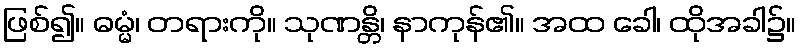
ဖြစ်၍။ ဓမ္မံ၊ တရားကို။ သုဏန္တိ၊ နာကုန်၏။ အထ ခေါ၊ ထိုအခါ၌။